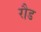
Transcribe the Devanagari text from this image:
रौड